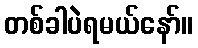
တစ်ခါပဲရမယ်နော်။